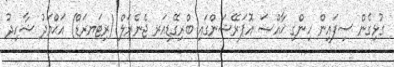
ގުޅިގެން ސިފައިން ހިންގި ޚާއްޞަ އޮޮޕަރޭޝަންގައި ބްރިގޭޑިއަރ ޖެނެރަލް (ރިޓަޔރަޑް) އަޙްމަދު ޝާހިދު